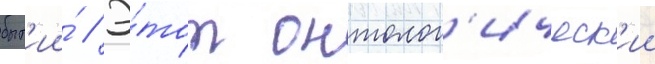
быт'ии́ // Э́тот онтолог'ическ'ии